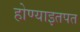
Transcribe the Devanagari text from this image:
होण्याइतपत